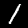
Label: 1